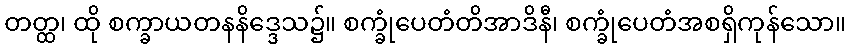
တတ္ထ၊ ထို စက္ခာယတနနိဒ္ဒေသ၌။ စက္ခုံပေတံတိအာဒိနီ၊ စက္ခုံပေတံအစရှိကုန်သော။